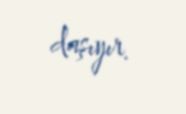
daşıyır.